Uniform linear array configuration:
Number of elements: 24
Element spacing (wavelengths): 0.25
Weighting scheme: hann
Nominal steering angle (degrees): -45
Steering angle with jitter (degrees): -44.249
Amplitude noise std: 0.05
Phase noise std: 0.05

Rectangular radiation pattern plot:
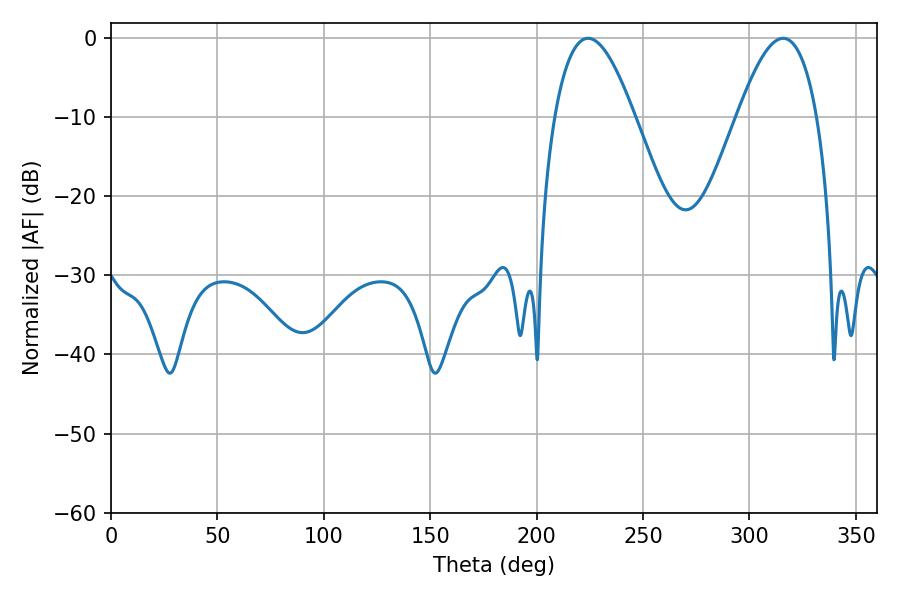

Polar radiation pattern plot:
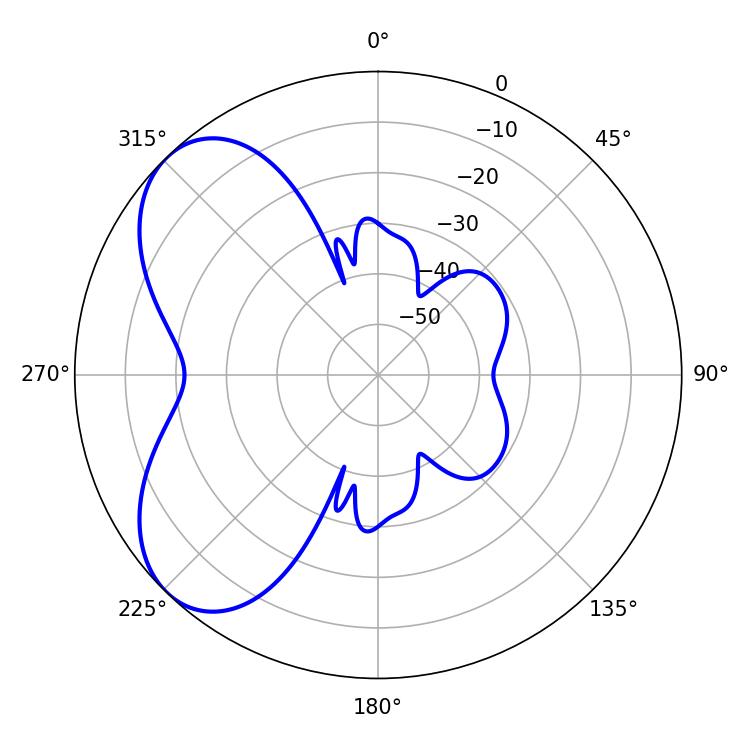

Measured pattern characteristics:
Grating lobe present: FALSE
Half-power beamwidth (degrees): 20.34
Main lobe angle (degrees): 224.1